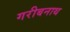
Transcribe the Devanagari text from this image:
गरीबनाथ